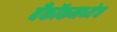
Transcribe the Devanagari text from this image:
बँकॉकमध्येच